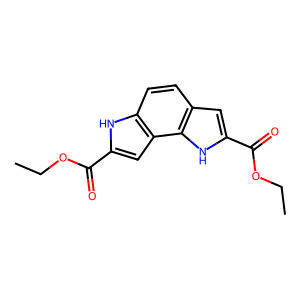
SMILES: CCOC(=O)c1cc2c(ccc3cc(C(=O)OCC)[nH]c32)[nH]1
Inhibits HIV replication: No